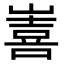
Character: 𭗖